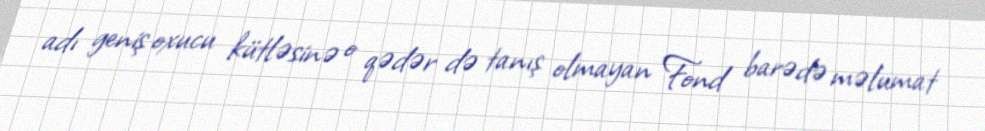
adı geniş oxucu kütləsinə o qədər də tanış olmayan Fond barədə məlumat